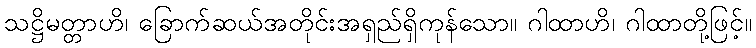
သဋ္ဌိမတ္တာဟိ၊ ခြောက်ဆယ်အတိုင်းအရှည်ရှိကုန်သော။ ဂါထာဟိ၊ ဂါထာတို့ဖြင့်။